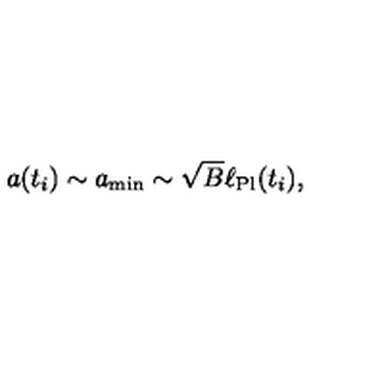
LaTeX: a ( t _ { i } ) \sim a _ { \mathrm { m i n } } \sim \sqrt { B } \ell _ { \mathrm { P l } } ( t _ { i } ) ,